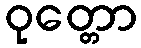
ဝုတ္တော